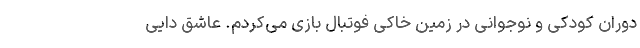
دوران کودکی و نوجوانی در زمین خاکی فوتبال بازی می‌کردم. عاشق دایی